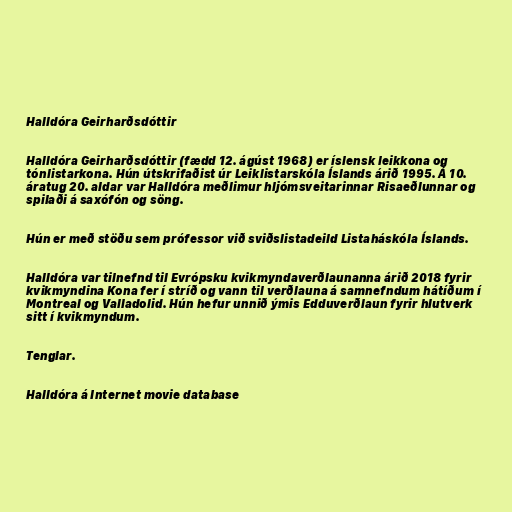
Halldóra Geirharðsdóttir

Halldóra Geirharðsdóttir (fædd 12. ágúst 1968) er íslensk leikkona og
tónlistarkona. Hún útskrifaðist úr Leiklistarskóla Íslands árið 1995. Á 10.
áratug 20. aldar var Halldóra meðlimur hljómsveitarinnar Risaeðlunnar og
spilaði á saxófón og söng.

Hún er með stöðu sem prófessor við sviðslistadeild Listaháskóla Íslands.

Halldóra var tilnefnd til Evrópsku kvikmyndaverðlaunanna árið 2018 fyrir
kvikmyndina Kona fer í stríð og vann til verðlauna á samnefndum hátíðum í
Montreal og Valladolid. Hún hefur unnið ýmis Edduverðlaun fyrir hlutverk
sitt í kvikmyndum.

Tenglar.

Halldóra á Internet movie database